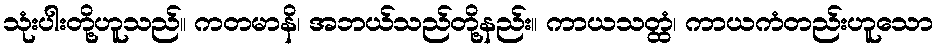
သုံးပါးတို့ဟူသည်။ ကတမာနိ၊ အဘယ်သည်တို့နည်း။ ကာယသတ္ထံ၊ ကာယကံတည်းဟူသော